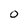
Character: 0